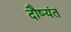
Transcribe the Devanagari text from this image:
दौष्यंत